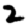
Digit: 2